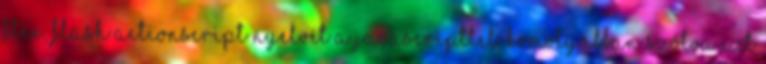
Flex, Flash actionscript nyelvét a javascripttel. Komolyabban szólva ezt